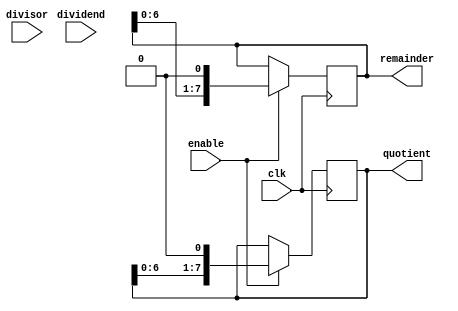
module binary_divider (
    input wire clk,
    input wire [7:0] dividend,
    input wire [7:0] divisor,
    input wire enable,

    output reg [7:0] quotient,
    output reg [7:0] remainder
);

reg [7:0] temp_remainder;
reg [7:0] temp_quotient;

always @(posedge clk) begin
    if (enable) begin
        temp_remainder <= dividend;
        temp_quotient <= 8'b0;
        
        repeat (8) begin
            if (temp_remainder >= divisor) begin
                temp_remainder <= temp_remainder - divisor;
                temp_quotient <= temp_quotient + 1;
            end
            temp_remainder <= temp_remainder << 1;
            temp_quotient <= temp_quotient << 1;
        end
    end
end

assign quotient = temp_quotient;
assign remainder = temp_remainder;

endmodule